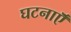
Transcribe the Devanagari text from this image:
घटनाऍँ